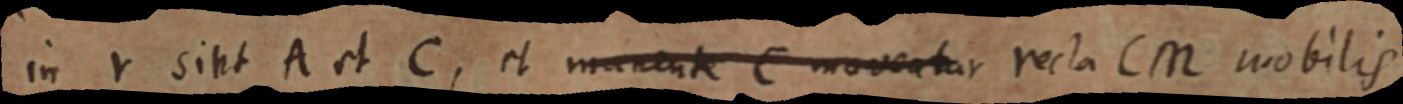
in Y sint A et C, et manente C moveatur recta CM mobilis